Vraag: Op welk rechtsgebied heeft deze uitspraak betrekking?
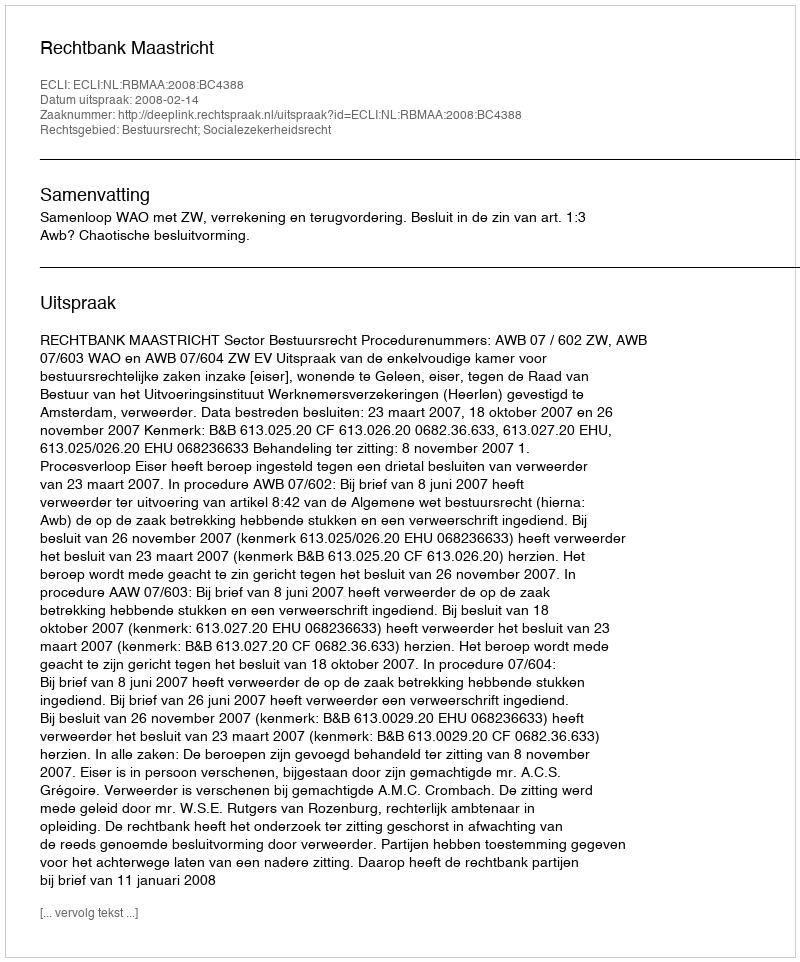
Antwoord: Bestuursrecht; Socialezekerheidsrecht